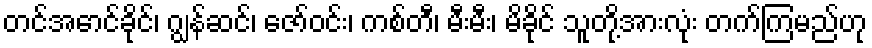
တင်အောင်ခိုင်၊ ဂျွန်ဆင်၊ ဇော်ဝင်း၊ ကစ်တီ၊ မီးမီး၊ မိခိုင် သူတို့အားလုံး တက်ကြမည်ဟု